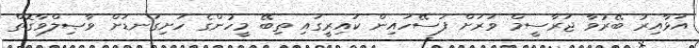
އަޅާއިރު ބޭރުވާ ޖަރާސީމް ވަރަށް ފަސޭހައިން ކައިރީގައި ތިބޭ މީހުންގެ ހަށިގަނޑަށް ވާޞިލްވާގޮތް